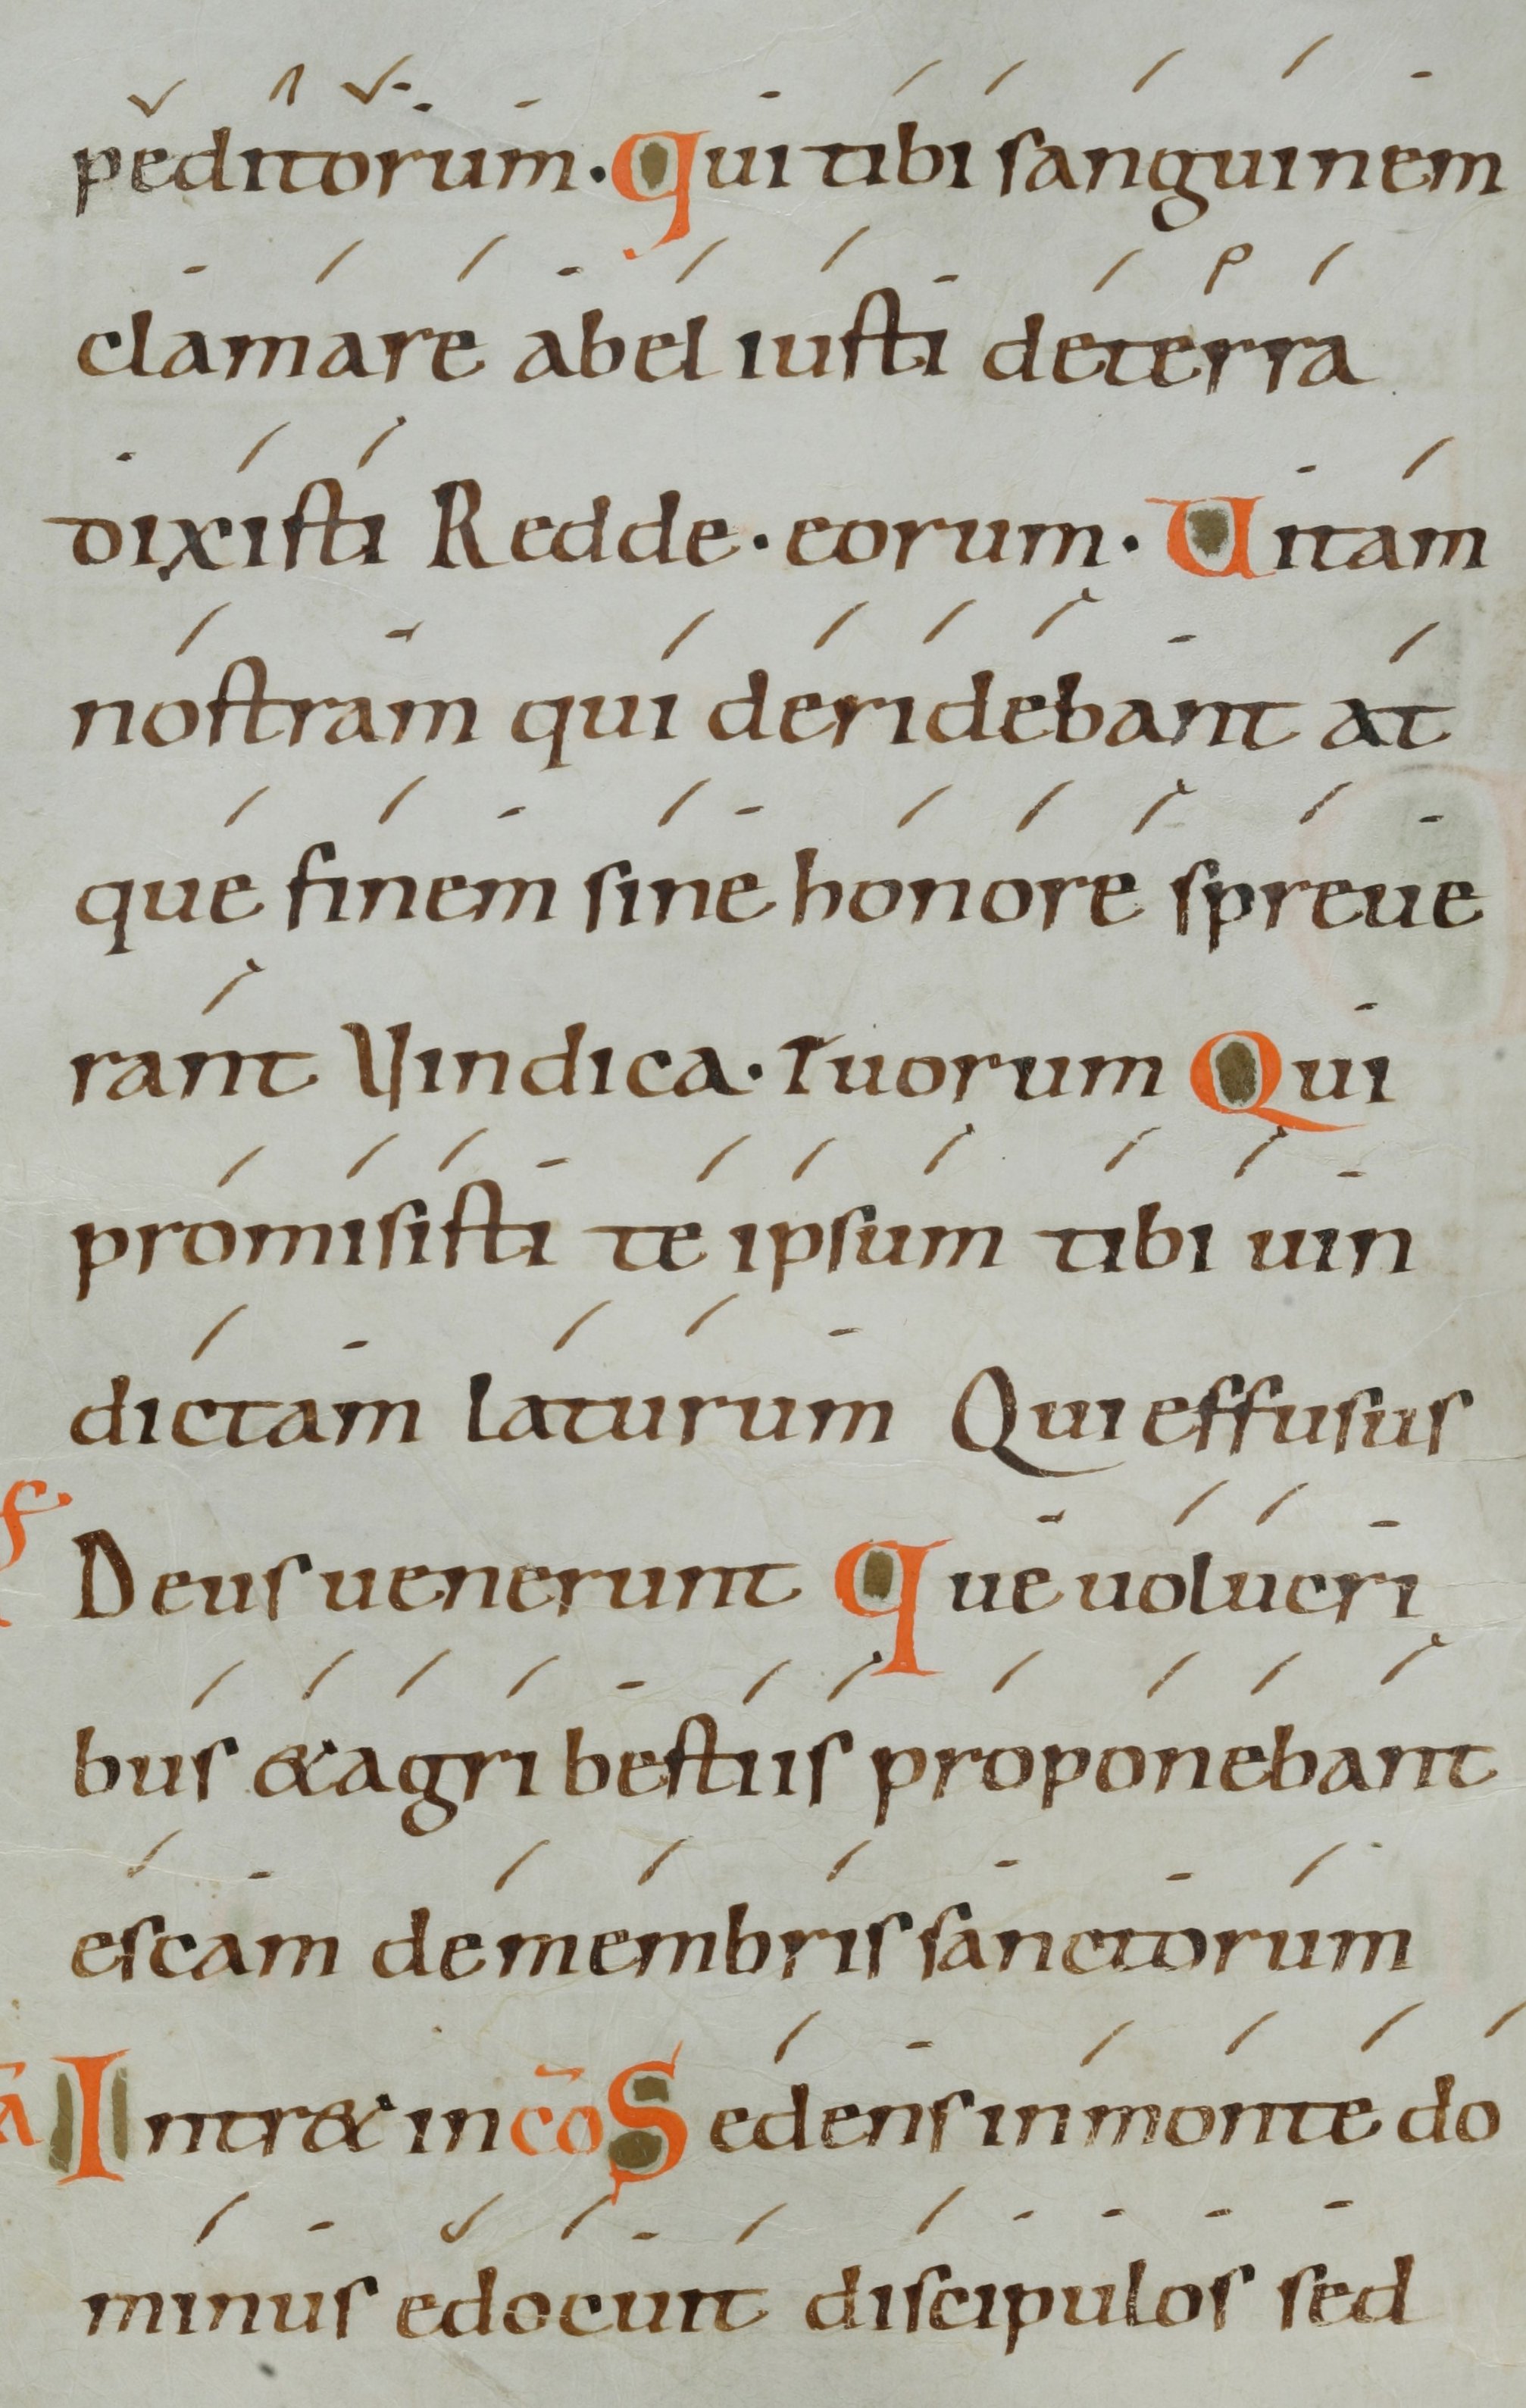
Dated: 1000–1099